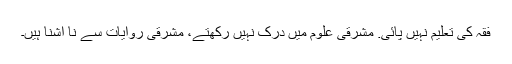
فقہ کی تعلیم نہیں پائی. مشرقی علوم میں درک نہیں رکھتے، مشرقی روایات سے نا آشنا ہیں۔